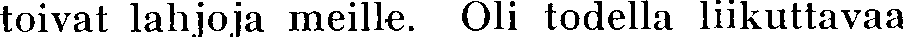
toivat lahjoja meille. Oli todella liikuttavaa